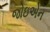
જોઇએન